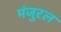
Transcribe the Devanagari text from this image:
मंजुरल